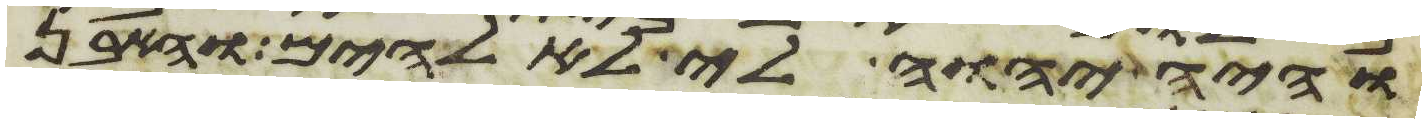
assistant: והיה יהוה לי לאלהים והאבן